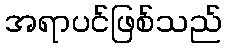
အရာပင်ဖြစ်သည်